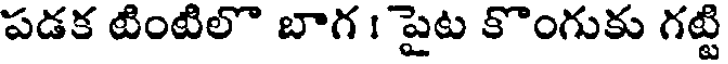
పడక టింటిలొ బాగ । పైట కొంగుకు గట్టి